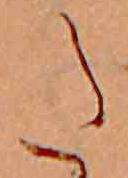
た